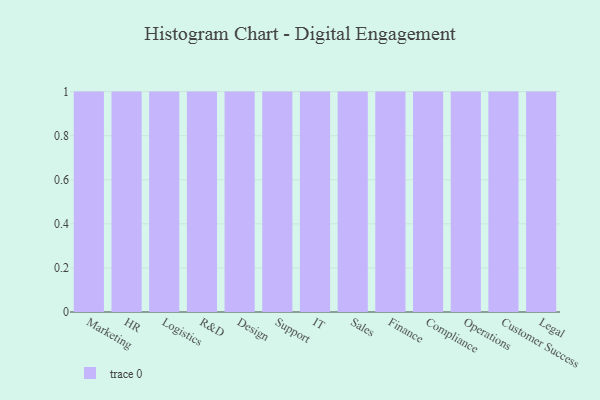
{"axis": {"x": "Department", "y": "Revenue (USD Million)"}, "legend": [""], "data": [{"x": "Marketing", "y": 37, "type": ""}, {"x": "HR", "y": 95, "type": ""}, {"x": "Logistics", "y": 57, "type": ""}, {"x": "R&D", "y": 38, "type": ""}, {"x": "Design", "y": 10, "type": ""}, {"x": "Support", "y": 25, "type": ""}, {"x": "IT", "y": 82, "type": ""}, {"x": "Sales", "y": 38, "type": ""}, {"x": "Finance", "y": 78, "type": ""}, {"x": "Compliance", "y": 100, "type": ""}, {"x": "Operations", "y": 85, "type": ""}, {"x": "Customer Success", "y": 24, "type": ""}, {"x": "Legal", "y": 39, "type": ""}]}